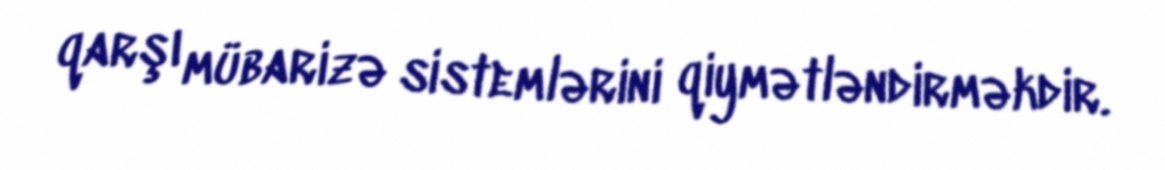
qarşı mübarizə sistemlərini qiymətləndirməkdir.